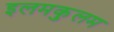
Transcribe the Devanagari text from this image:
इलमकुलम